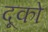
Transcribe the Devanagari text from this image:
दूको